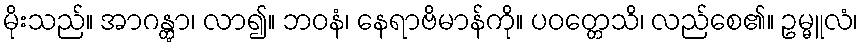
မိုးသည်။ အာဂန္တွာ၊ လာ၍။ ဘဝနံ၊ နေရာဗိမာန်ကို။ ပဝတ္တေသိ၊ လည်စေ၏။ ဥမ္မူလံ၊